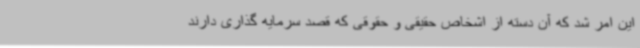
این امر شد که آن دسته از اشخاص حقیقی و حقوقی که قصد سرمایه گذاری دارند